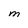
Character: M